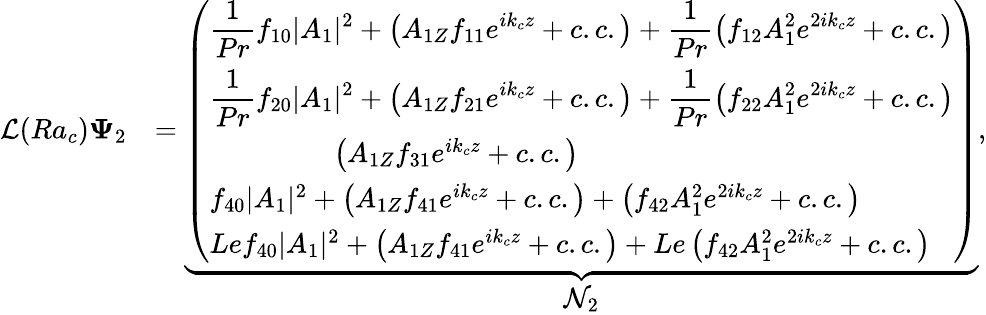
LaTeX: \begin{array}{rl}{\mathcal{L}(Ra_{c})\mathbf{\Psi}_{2}}&{=\underbrace{\left(\begin{array}{l}{\displaystyle\frac{1}{Pr}f_{10}|A_{1}|^{2}+\left(A_{1Z}f_{11}e^{ik_{c}z}+c.c.\right)+\displaystyle\frac{1}{Pr}\left(f_{12}A_{1}^{2}e^{2ik_{c}z}+c.c.\right)}\\ {\displaystyle\frac{1}{Pr}f_{20}|A_{1}|^{2}+\left(A_{1Z}f_{21}e^{ik_{c}z}+c.c.\right)+\displaystyle\frac{1}{Pr}\left(f_{22}A_{1}^{2}e^{2ik_{c}z}+c.c.\right)}\\ {\hphantom{f_{20}|A_{1}|^{2}+}\left(A_{1Z}f_{31}e^{ik_{c}z}+c.c.\right)\hphantom{+\left(f_{22}A_{1}^{2}e^{2ik_{c}z}+c.c.\right)}}\\ {f_{40}|A_{1}|^{2}+\left(A_{1Z}f_{41}e^{ik_{c}z}+c.c.\right)+\left(f_{42}A_{1}^{2}e^{2ik_{c}z}+c.c.\right)}\\ {Lef_{40}|A_{1}|^{2}+\left(A_{1Z}f_{41}e^{ik_{c}z}+c.c.\right)+Le\left(f_{42}A_{1}^{2}e^{2ik_{c}z}+c.c.\right)}\end{array}\right)}_{\displaystyle\mathcal{N}_{2}},}\end{array}